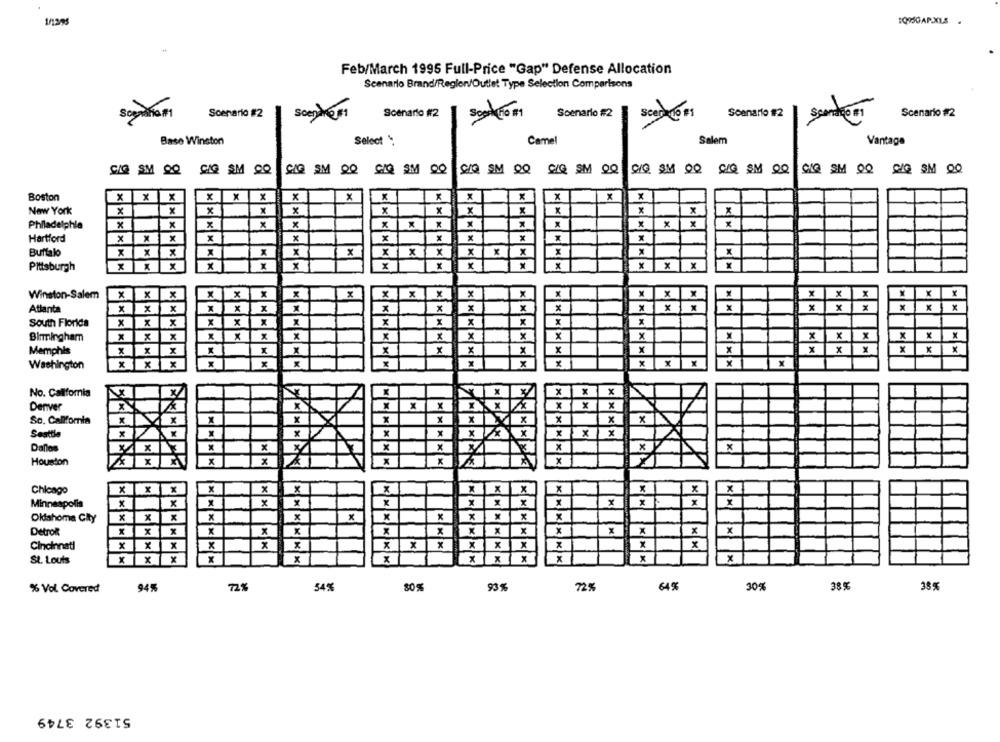
1/1305
1Q950AP.XLS
Feb/March 1995 Full-Price "Gap" Defense Allocation
Scenario Brand/Regler/Outlet Type Selection Comparisons
Scenario #2
Scenario #2
Soon HO #1
Scenario #2
Scenario #2
Sconto F1
Scenario #2
Base Winston
Select
Camel
Salem
Vantage
CIQ SM Q
CIQ SM QQ CQ SM QQ
SIQ SM QQ
CIQ SM QQ
CIQ SH QQ CQ SM 00
Boston
x
X
x
x
x
x
x
x
New York
x
x
x
x
x
x
x
x
x
x
x
x
x
x
Philadelphia
x
x
x
x
Hartford
x
x
x
x
x
x
x
x
x
Buffalo
x
x
X
X
x
x
x
x
x
x
x
x
x
Pittsburgh
x
x
x
X
X
x
x
x
x
x
x
x
x
Winston-Salem
x
x
x
x
x
x
x
x
x
1 X
x
x
x
x
x
x
Atlanta
x
x
x
x
x
x
x
x
X
x
x
x
x
x
X
South Florida
x
x
x
x
x
x
x
x
x
x
1
X
X
X
Birmingham
x
x
x
x
x
x
x
X
x
x
x
x
X
X
x
X
x
X
x
x
x
x
Memphis
x
x
x
x
x
x
x
x
x
x
x
x
X
x
x
X
Washington
No. California
X
x
x
x
Denver
x
x
X
x
x
x
So. Califomia
X
x
X
x
x
x
x
X
x
Seattle
x
x
x
x
x
x
x
x
X
x
X
Dallas
x
x
x
x
x
x
X
Y
Houston
Chicago
x
x
x
x
x
x
x
x
Minneapolis
x
x
x
x
x
x
x
x
x
Oklahoma City
x
x
x
X
x
x
Detrol
x
x
x
x
x
x
x
x
X
x
x
Cincinnati
x
x
x
x
X
x
x
x
x
x
x
x
x
St. Louis
x
x
x
x
x
x
x
x
x
94%
72%
54%
80%
93 %
72%
64%
30%
38 %
38 9
% Vol. Covered
51392 3749